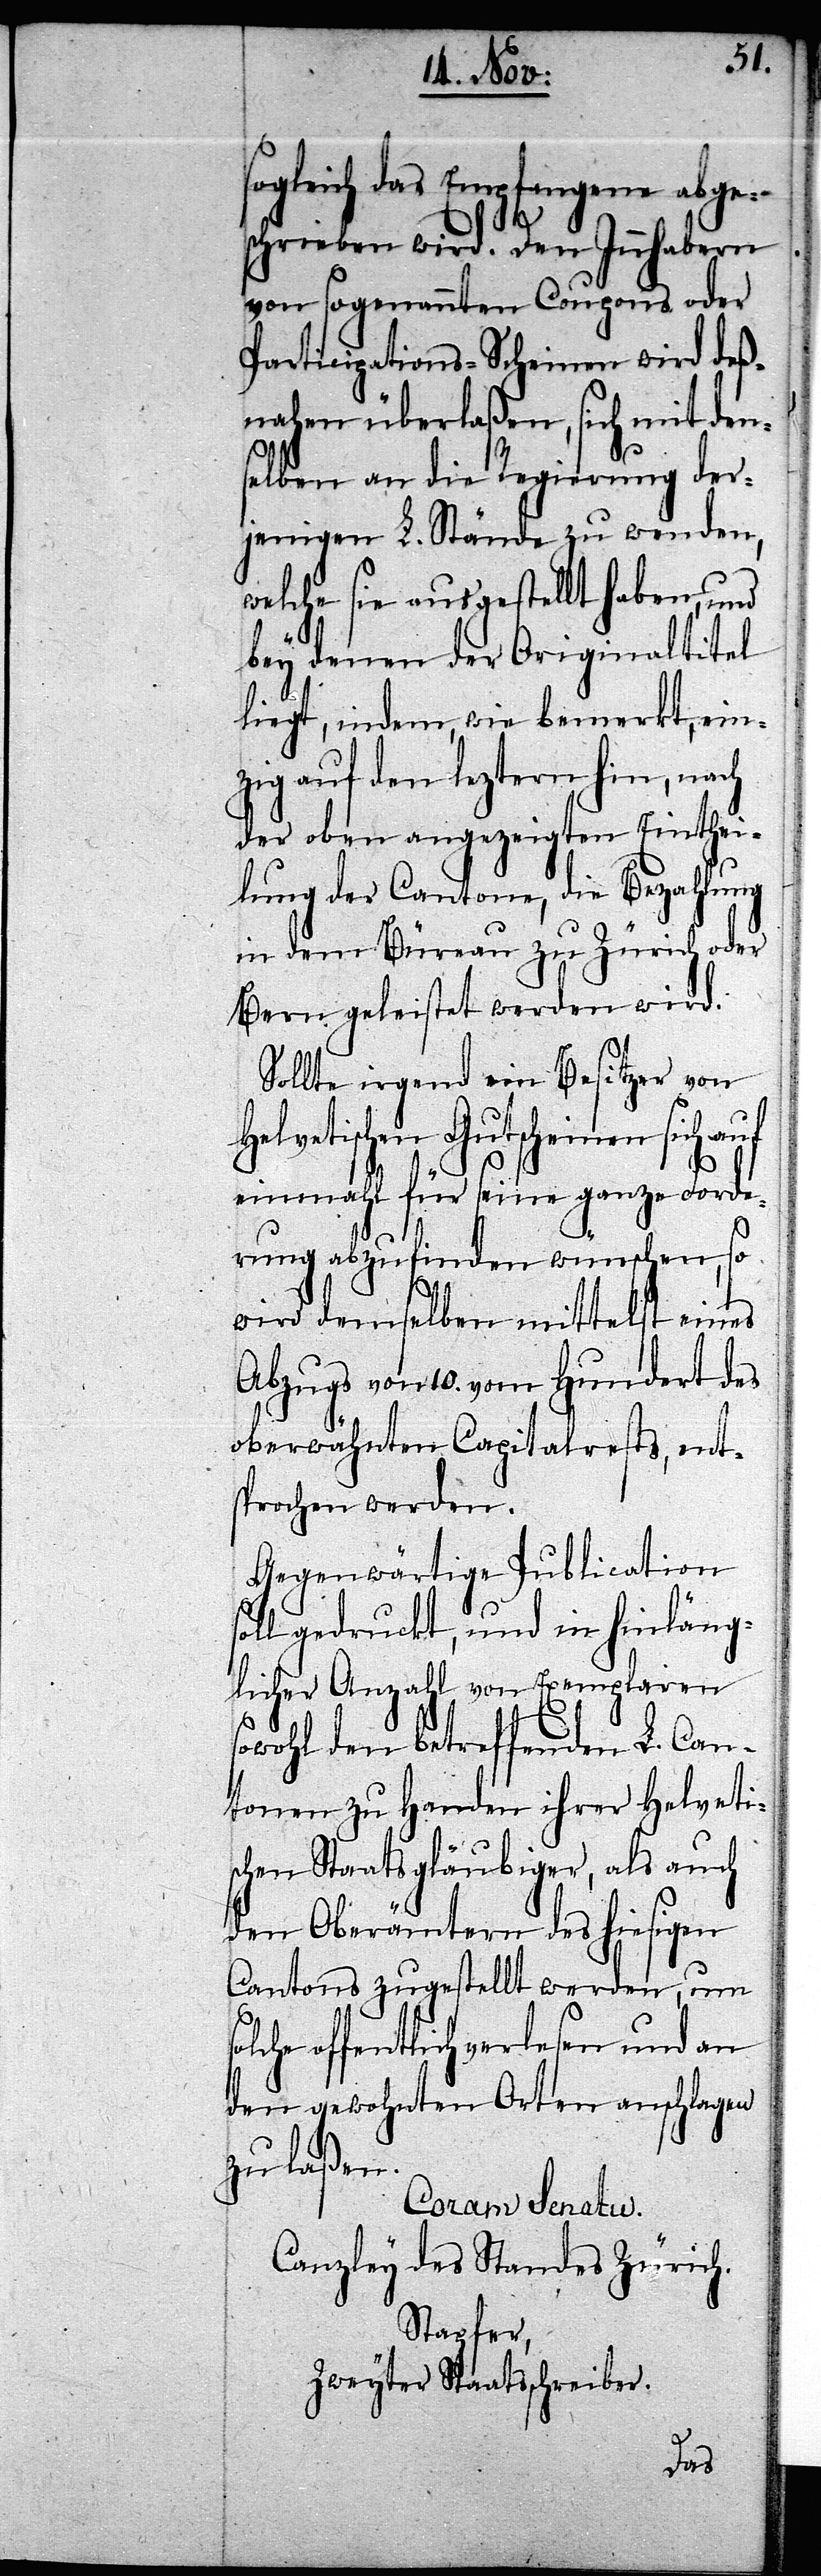
sogleich das Empfangene abge¬
schrieben wird. Den Innhabern
von sogenannten Coupons oder
Participations-Scheinen wird deß¬
nahen überlaßen, sich mit den¬
selben an die Regierung der¬
jenigen L. Stände zu wenden,
welche sie ausgestellt haben, und
bey denen der Originaltitel
liegt, indem, wie bemerkt, ein¬
zig auf den leztern hin, nach
der oben angezeigten Einthei¬
lung der Cantone, die Bezahlung
in dem Büreau zu Zürich oder
Bern geleistet werden wird.
Sollte irgend ein Besitzer von
Helvetischen Gutscheinen sich
einmahl für seine ganze Forde¬
rung abzufinden wünschen, so
wird demselben mittelst eines
Abzugs von 10. vom Hundert des
oberwähnten Capitalrest, ent¬
sprochen werden.
Gegenwärtige Publication
soll gedruckt, und in hinläng¬
licher Anzahl von Exemplaren
sowohl den betreffenden L. Can¬
tonen zu Handen ihrer Helvetis¬
chen Staatsgläubiger, als auch
den Oberämtern des hiesigen
Cantons zugestellt werden, um
offentlich verlesen und an
den gewohnten Orten anschlagen
zu laßen.
Coram Senatu.
Canzley des Standes Zürich.
Stapfer,
Zweyter Staatsschreiber.